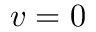
v = 0